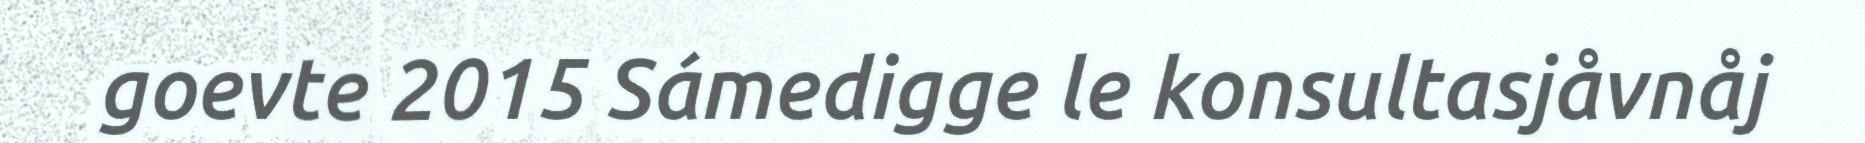
goevte 2015 Sámedigge le konsultasjåvnåj